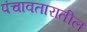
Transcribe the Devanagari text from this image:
पंचावतारातील